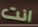
انت